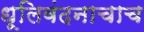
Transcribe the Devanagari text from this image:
धूलिवंदनाचाच